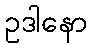
ဥဒါနော